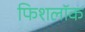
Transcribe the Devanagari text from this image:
फिशलॉक